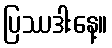
ပြဿဒါးနေ့။